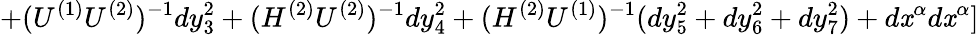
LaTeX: +(U^{(1)}U^{(2)})^{-1}dy_{3}^{2}+(H^{(2)}U^{(2)})^{-1}dy_{4}^{2}+(H^{(2)}U^{(1)})^{-1}(dy_{5}^{2}+dy_{6}^{2}+dy_{7}^{2})+d\mathit{x}^{\alpha}d\mathit{x}^{\alpha}]